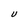
Character: U